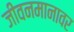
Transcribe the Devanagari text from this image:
जीवनमानावर